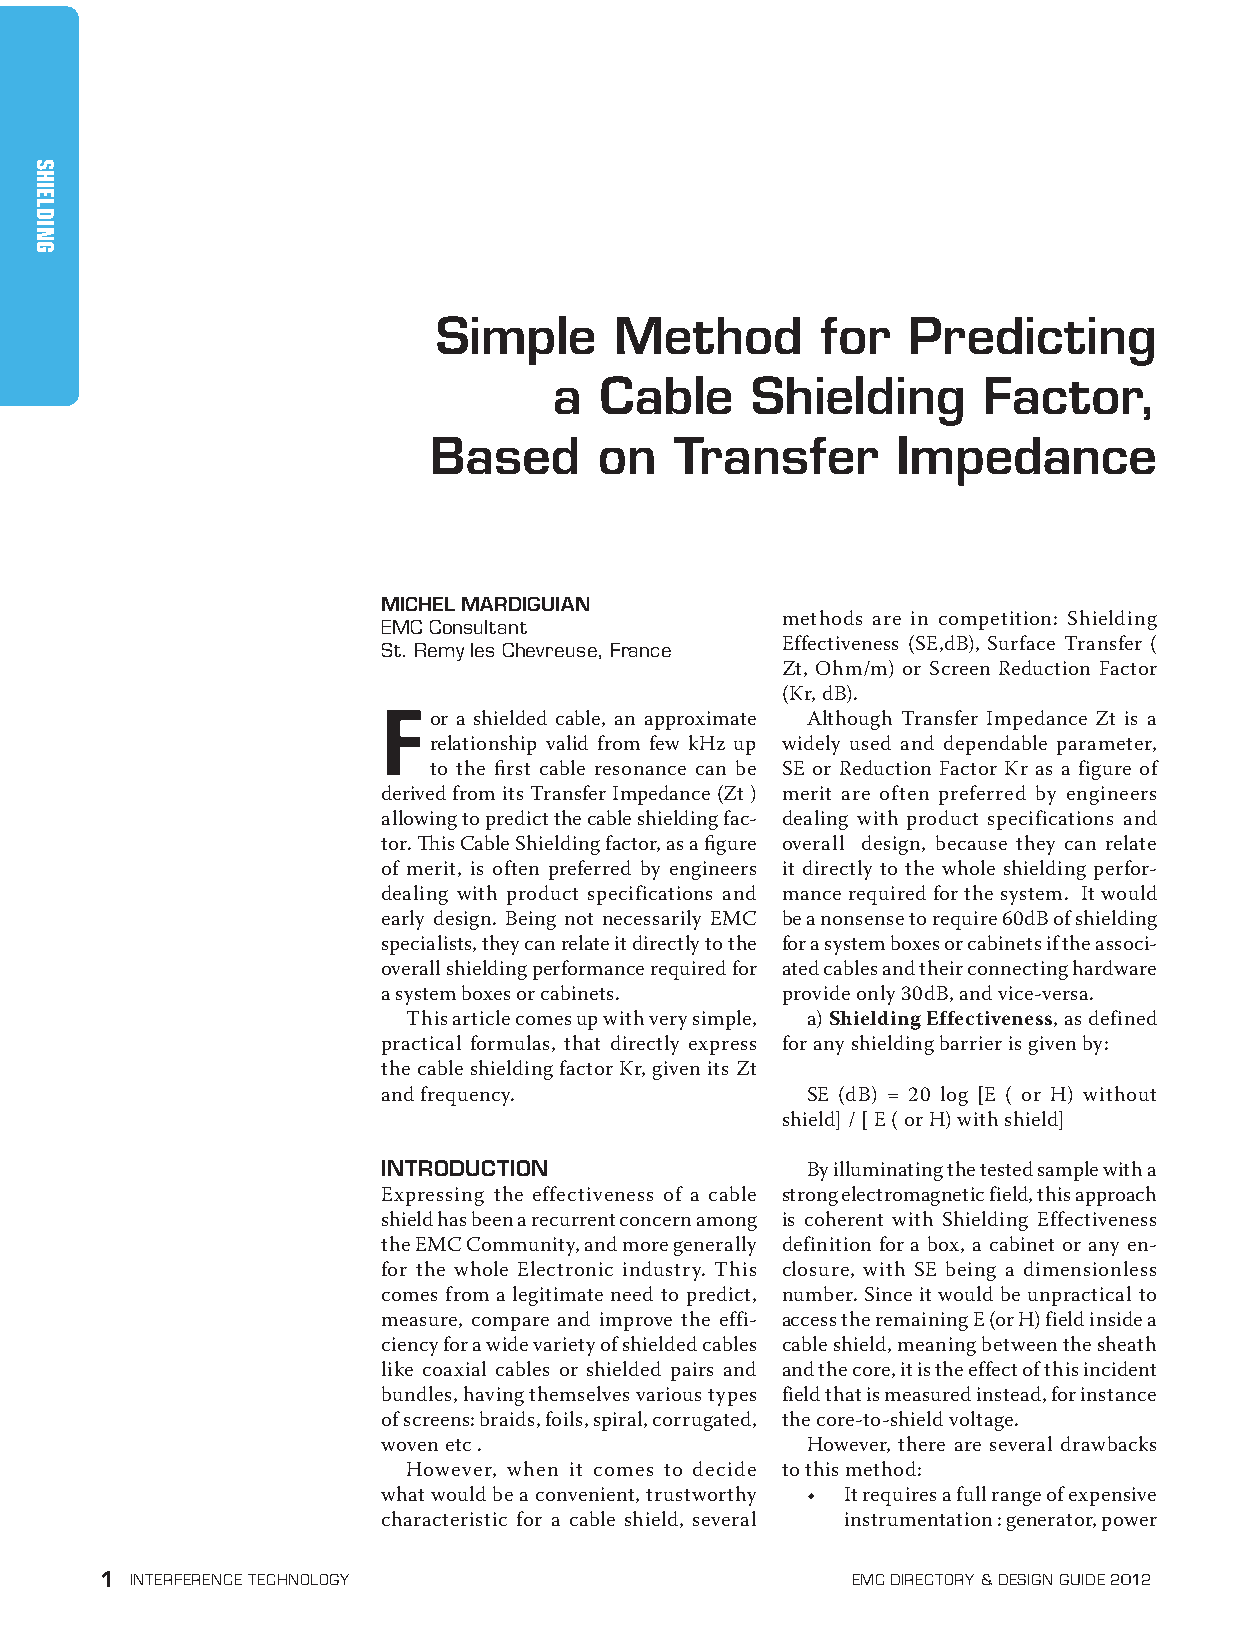
Simple method for predicting a cable Shielding factor / mardiguian
 Simple      Method       for   Predicting
 a  Cable     Shielding      Factor,
 Based       on   Transfer      Impedance
 MICHEL MARDIGUIAN
 emc consultant             methods are in competition: Shielding
 st. remy les chevreuse, france Effectiveness (SE,dB), Surface Transfer (
 Zt, Ohm/m) or Screen Reduction Factor
 (Kr, dB).
 F
 or a shielded cable, an approximate Although Transfer Impedance Zt is a
 relationship valid from few kHz up widely used and dependable parameter,
 to the first cable resonance can be SE or Reduction Factor Kr as a figure of
 derived from its Transfer Impedance (Zt ) merit are often preferred by engineers
 allowing to predict the cable shielding fac- dealing with product specifications and
 tor. This Cable Shielding factor, as a figure overall design, because they can relate
 of merit, is often preferred by engineers it directly to the whole shielding perfor-
 dealing with product specifications and mance required for the system. It would
 early design. Being not necessarily EMC be a nonsense to require 60dB of shielding
 specialists, they can relate it directly to the for a system boxes or cabinets if the associ-
 overall shielding performance required for ated cables and their connecting hardware
 a system boxes or cabinets. provide only 30dB, and vice-versa.
 This article comes up with very simple, a) Shielding Effectiveness, as defined
 practical formulas, that directly express for any shielding barrier is given by:
 the cable shielding factor Kr, given its Zt
 and frequency.              SE (dB) = 20 log [E ( or H) without
 shield] / [ E ( or H) with shield]
 INTRODUCTION                By illuminating the tested sample with a
 Expressing the effectiveness of a cable strong electromagnetic field, this approach
 shield has been a recurrent concern among is coherent with Shielding Effectiveness
 the EMC Community, and more generally definition for a box, a cabinet or any en-
 for the whole Electronic industry. This closure, with SE being a dimensionless
 comes from a legitimate need to predict, number. Since it would be unpractical to
 measure, compare and improve the effi- access the remaining E (or H) field inside a
 ciency for a wide variety of shielded cables cable shield, meaning between the sheath
 like coaxial cables or shielded pairs and and the core, it is the effect of this incident
 bundles, having themselves various types field that is measured instead, for instance
 of screens: braids, foils, spiral, corrugated, the core-to-shield voltage.
 woven etc .                 However, there are several drawbacks
 However, when it comes to decide to this method:
 what would be a convenient, trustworthy • It requires a full range of expensive
 characteristic for a cable shield, several instrumentation : generator, power
 1 interference technology                        emc Directory & Design guiDe 2012
 shielding